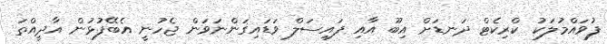
ފުވައްމުލަކު ކްރިކެޓް ދަނޑަށް އިބޫ އާއި ފައިސަލް ވަޑައިގަންނަވަން ޖެހުނީ އެބޭފުޅުން އާދީއްތަ